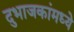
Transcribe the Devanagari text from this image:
दुभाजकांमध्ये